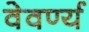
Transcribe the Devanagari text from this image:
वेवर्ण्य